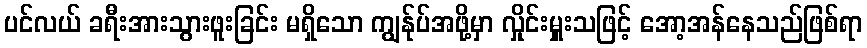
ပင်လယ် ခရီးအားသွားဖူးခြင်း မရှိသော ကျွန်ုပ်အဖို့မှာ လှိုင်းမှူးသဖြင့် အော့အန်နေသည်ဖြစ်ရာ